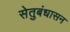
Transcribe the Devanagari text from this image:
सेतुबंधासन